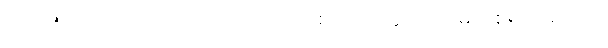
၁၁-ဘုံဟူသော ဤအရပ်ကို။ ကာမာဝစရောတွေဝ၊ ကာမာဝစရ ဟူ၍သာ။